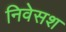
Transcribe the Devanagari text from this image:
निवेसश